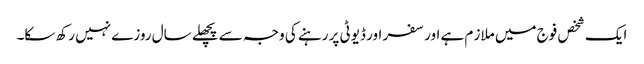
ایک شخص فوج میں ملاز م ہے اور سفر اور ڈیوٹی پر رہنے کی وجہ سے پچھلے سال روزے نہیں رکھ سکا۔